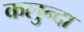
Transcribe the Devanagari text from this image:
कलुन्दा